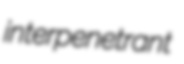
interpenetrant